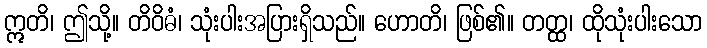
ဣတိ၊ ဤသို့။ တိဝိဓံ၊ သုံးပါးအပြားရှိသည်။ ဟောတိ၊ ဖြစ်၏။ တတ္ထ၊ ထိုသုံးပါးသော